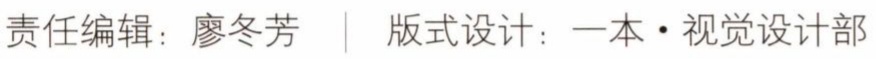
责任编辑：廖冬芳 | 版式设计：一本·视觉设计部